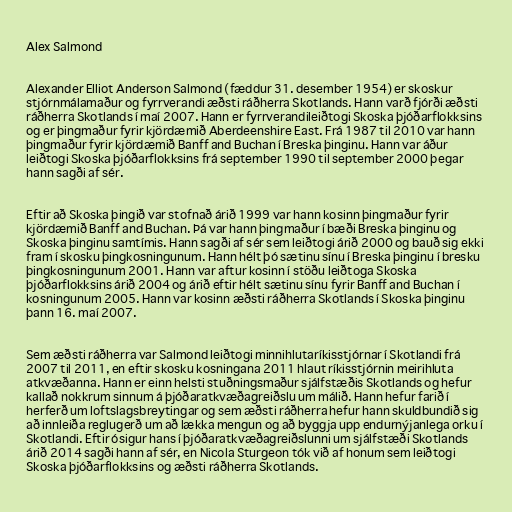
Alex Salmond

Alexander Elliot Anderson Salmond (fæddur 31. desember 1954) er skoskur
stjórnmálamaður og fyrrverandi æðsti ráðherra Skotlands. Hann varð fjórði æðsti
ráðherra Skotlands í maí 2007. Hann er fyrrverandileiðtogi Skoska þjóðarflokksins
og er þingmaður fyrir kjördæmið Aberdeenshire East. Frá 1987 til 2010 var hann
þingmaður fyrir kjördæmið Banff and Buchan í Breska þinginu. Hann var áður
leiðtogi Skoska þjóðarflokksins frá september 1990 til september 2000 þegar
hann sagði af sér.

Eftir að Skoska þingið var stofnað árið 1999 var hann kosinn þingmaður fyrir
kjördæmið Banff and Buchan. Þá var hann þingmaður í bæði Breska þinginu og
Skoska þinginu samtímis. Hann sagði af sér sem leiðtogi árið 2000 og bauð sig ekki
fram í skosku þingkosningunum. Hann hélt þó sætinu sínu í Breska þinginu í bresku
þingkosningunum 2001. Hann var aftur kosinn í stöðu leiðtoga Skoska
þjóðarflokksins árið 2004 og árið eftir hélt sætinu sínu fyrir Banff and Buchan í
kosningunum 2005. Hann var kosinn æðsti ráðherra Skotlands í Skoska þinginu
þann 16. maí 2007.

Sem æðsti ráðherra var Salmond leiðtogi minnihlutaríkisstjórnar í Skotlandi frá
2007 til 2011, en eftir skosku kosningana 2011 hlaut ríkisstjórnin meirihluta
atkvæðanna. Hann er einn helsti stuðningsmaður sjálfstæðis Skotlands og hefur
kallað nokkrum sinnum á þjóðaratkvæðagreiðslu um málið. Hann hefur farið í
herferð um loftslagsbreytingar og sem æðsti ráðherra hefur hann skuldbundið sig
að innleiða reglugerð um að lækka mengun og að byggja upp endurnýjanlega orku í
Skotlandi. Eftir ósigur hans í þjóðaratkvæðagreiðslunni um sjálfstæði Skotlands
árið 2014 sagði hann af sér, en Nicola Sturgeon tók við af honum sem leiðtogi
Skoska þjóðarflokksins og æðsti ráðherra Skotlands.